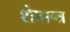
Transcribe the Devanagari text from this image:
शेषान्त्र